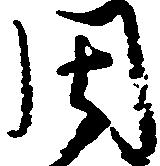
周